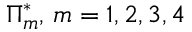
\Pi _ { m } ^ { * } , \, m = 1 , 2 , 3 , 4